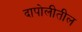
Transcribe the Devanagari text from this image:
दापोलीतील